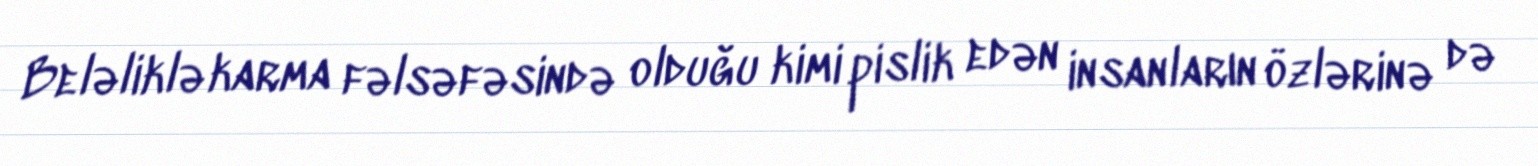
Beləliklə karma fəlsəfəsində olduğu kimi pislik edən insanların özlərinə də